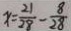
x = \frac { 2 1 } { 2 8 } - \frac { 8 } { 2 8 }